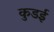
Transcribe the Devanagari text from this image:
कुडई